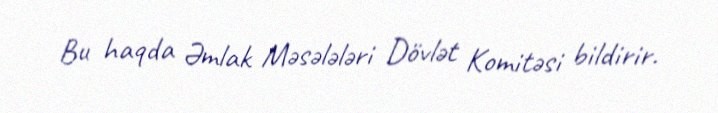
Bu haqda Əmlak Məsələləri Dövlət Komitəsi bildirir.